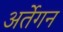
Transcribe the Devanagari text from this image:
अर्तेगन